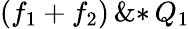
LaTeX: \left(\! \, {{f}_{1}}+{{f}_{2}}\, \! \right)\, \mathrm{\& *}\, {{Q}_{1}}